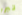
تبرر